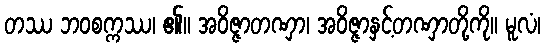
တဿ ဘဝစက္ကဿ၊ ၏။ အဝိဇ္ဇာတဏှာ၊ အဝိဇ္ဇာနှင့်တဏှာတို့ကို။ မူလံ၊